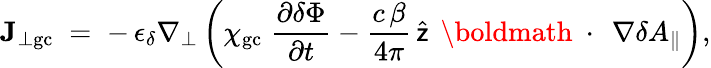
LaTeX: {\mathbf J}_{\bot\mathrm{gc}}\; =\; -\, \epsilon_{\delta}\nabla_{\bot}\left(\chi_{\mathrm{gc}}\; \frac{\partial\delta\Phi}{\partial t}-\frac{c\, \beta}{4\pi}\, \widehat{\sf z}\, \mathrm{~\boldmath~\cdot~}\, \nabla\delta A_{\| }\right),